Scottish Leaving Certificate Examination, 1961
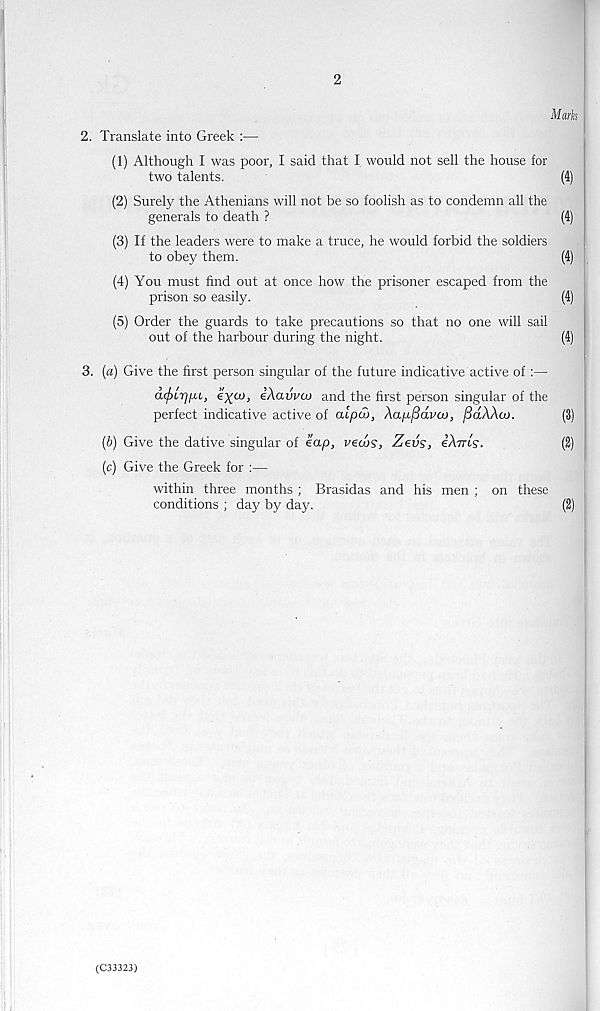
2
Marks
2. Translate into Greek :—
(1) Although I was poor, I said that I would not sell the house for
two talents.
(4)
(2) Surely the Athenians will not be so foolish as to condemn all the
generals to death ?
(4)
(3) If the leaders were to make a truce, he would forbid the soldiers
to obey them.
(4)
(4) You must find out at once how the prisoner escaped from the
prison so easily.
(4)
(5) Order the guards to take precautions so that no one will sail
out of the harbour during the night.
(4)
3. (a) Give the first person singular of the future indicative active of:—
a(f>Lrj^i,
iXavvco and the first person singular of the
perfect indicative active of oupa), Xap^dvaj, fidAXco.
(3)
(b) Give the dative singular of cap, verbs, Zeds, eXiTis.
(2)
(c) Give the Greek for :—
within three months ; Brasidas and his men ; on these
conditions ; day by day.
(2)
(C33323)